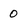
Character: 0